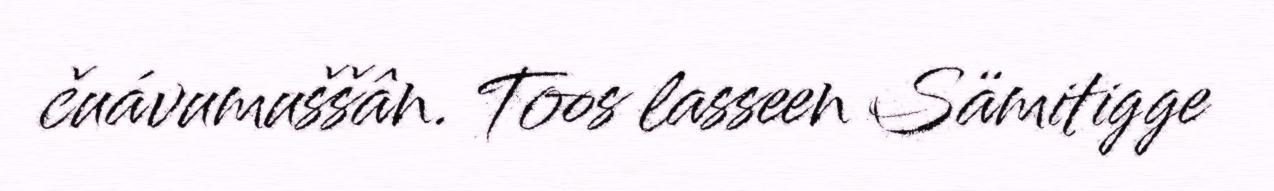
čuávumuššân. Toos lasseen Sämitigge